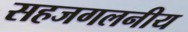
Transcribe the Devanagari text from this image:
सहजगलनीय